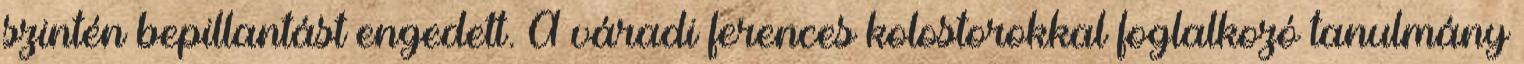
szintén bepillantást engedett. A váradi ferences kolostorokkal foglalkozó tanulmány